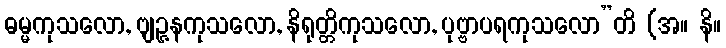
ဓမ္မကုသလော, ဗျဉ္ဇနကုသလော, နိရုတ္တိကုသလော, ပုဗ္ဗာပရကုသလော”တိ (အ။ နိ။